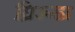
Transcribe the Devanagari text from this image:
घ्रिरूढा